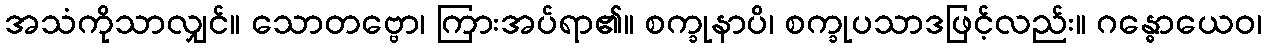
အသံကိုသာလျှင်။ သောတဗ္ဗော၊ ကြားအပ်ရာ၏။ စက္ခုနာပိ၊ စက္ခုပသာဒဖြင့်လည်း။ ဂန္ဓောယေဝ၊